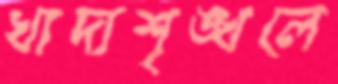
খাদ্যশৃঙ্খলে